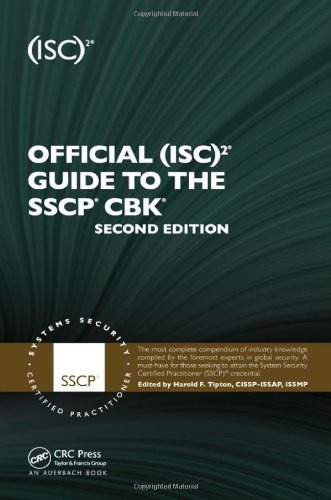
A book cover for Official (ISC)2 Guide to the SSCP CBK, Second Edition ((ISC)2 Press); Computers & Technology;